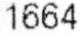
1664